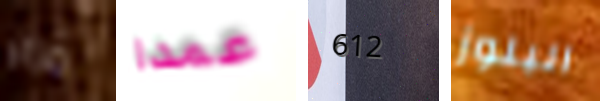
مزاد عمدا 612 البلوز